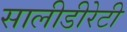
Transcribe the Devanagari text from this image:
सालीडीरेटी